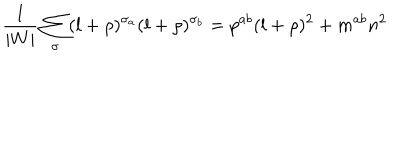
LaTeX: \frac { 1 } { | W | } \sum _ { \sigma } ( l + \rho ) ^ { \sigma _ { a } } ( l + \rho ) ^ { \sigma _ { b } } = p ^ { a b } ( l + \rho ) ^ { 2 } + m ^ { a b } n ^ { 2 }